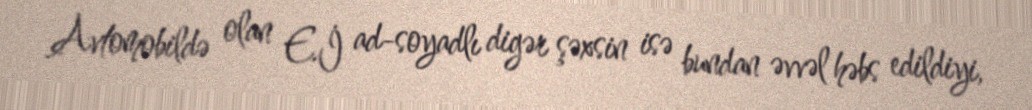
Avtomobildə olan E.İ ad-soyadlı digər şəxsin isə bundan əvvəl həbs edildiyi,